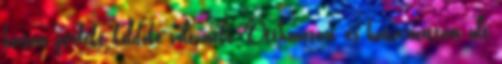
hasán perfekt köldöke volt neki. Otthonosan, és határozottan ült